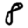
Digit: 8